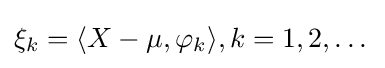
\xi _{k}=\langle X-\mu ,\varphi _{k}\rangle ,k=1,2,\dots